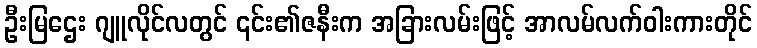
ဦးမြဌေး ဂျူလိုင်လတွင် ၎င်း၏ဇနီးက အခြားလမ်းဖြင့် အာလမ်လက်ဝါးကားတိုင်